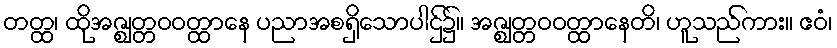
တတ္ထ၊ ထိုအဇ္ဈတ္တဝဝတ္ထာနေ ပညာအစရှိသောပါဌ်၌။ အဇ္ဈတ္တဝဝတ္ထာနေတိ၊ ဟူသည်ကား။ ဧဝံ၊